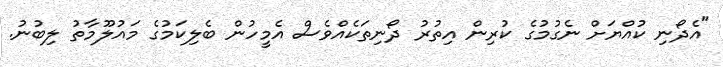
"އެދޯނި ކުއްޔަށް ނެގުމުގެ ކުރިން އިތުރު ދޯނިތަކެއްވެސް އެމީހުން ބެލިކަމުގެ މައުލޫމާތު ލިބުނު.